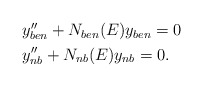
\begin{align*} \begin{aligned} & y''_{ben} +N_{ben}(E)y_{ben}=0 \\ & y''_{nb} +N_{nb}(E)y_{nb}=0.\end{aligned}\end{align*}